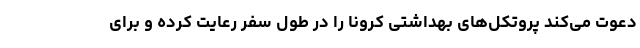
دعوت می‌کند پروتکل‌های بهداشتی کرونا را در طول سفر رعایت کرده و برای